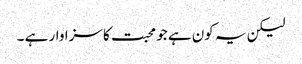
لیکن یہ کون ہے جو محبت کا سزاوار ہے ۔